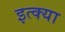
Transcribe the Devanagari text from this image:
इत्क्या